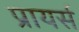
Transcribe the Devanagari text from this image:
प्रायर्स